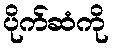
ပိုက်ဆံကို